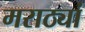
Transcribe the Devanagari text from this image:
मराठ्यां